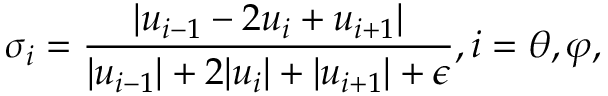
\sigma _ { i } = \frac { \left| u _ { i - 1 } - 2 u _ { i } + u _ { i + 1 } \right| } { | u _ { i - 1 } | + 2 | u _ { i } | + | u _ { i + 1 } | + \epsilon } , i = { \theta , \varphi } ,